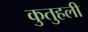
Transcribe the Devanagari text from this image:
कुतुहली